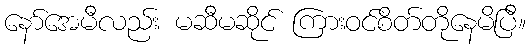
နော်အေမီလည်း မဆီမဆိုင် ကြားဝင်စိတ်တိုနေမိပြီ။